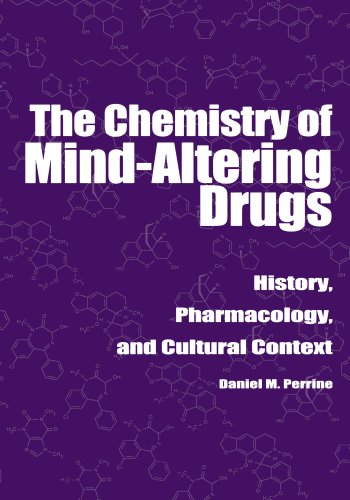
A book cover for The Chemistry of Mind-Altering Drugs: History, Pharmacology, and Cultural Context (American Chemical Society Publication); Daniel M. Perrine; Medical Books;